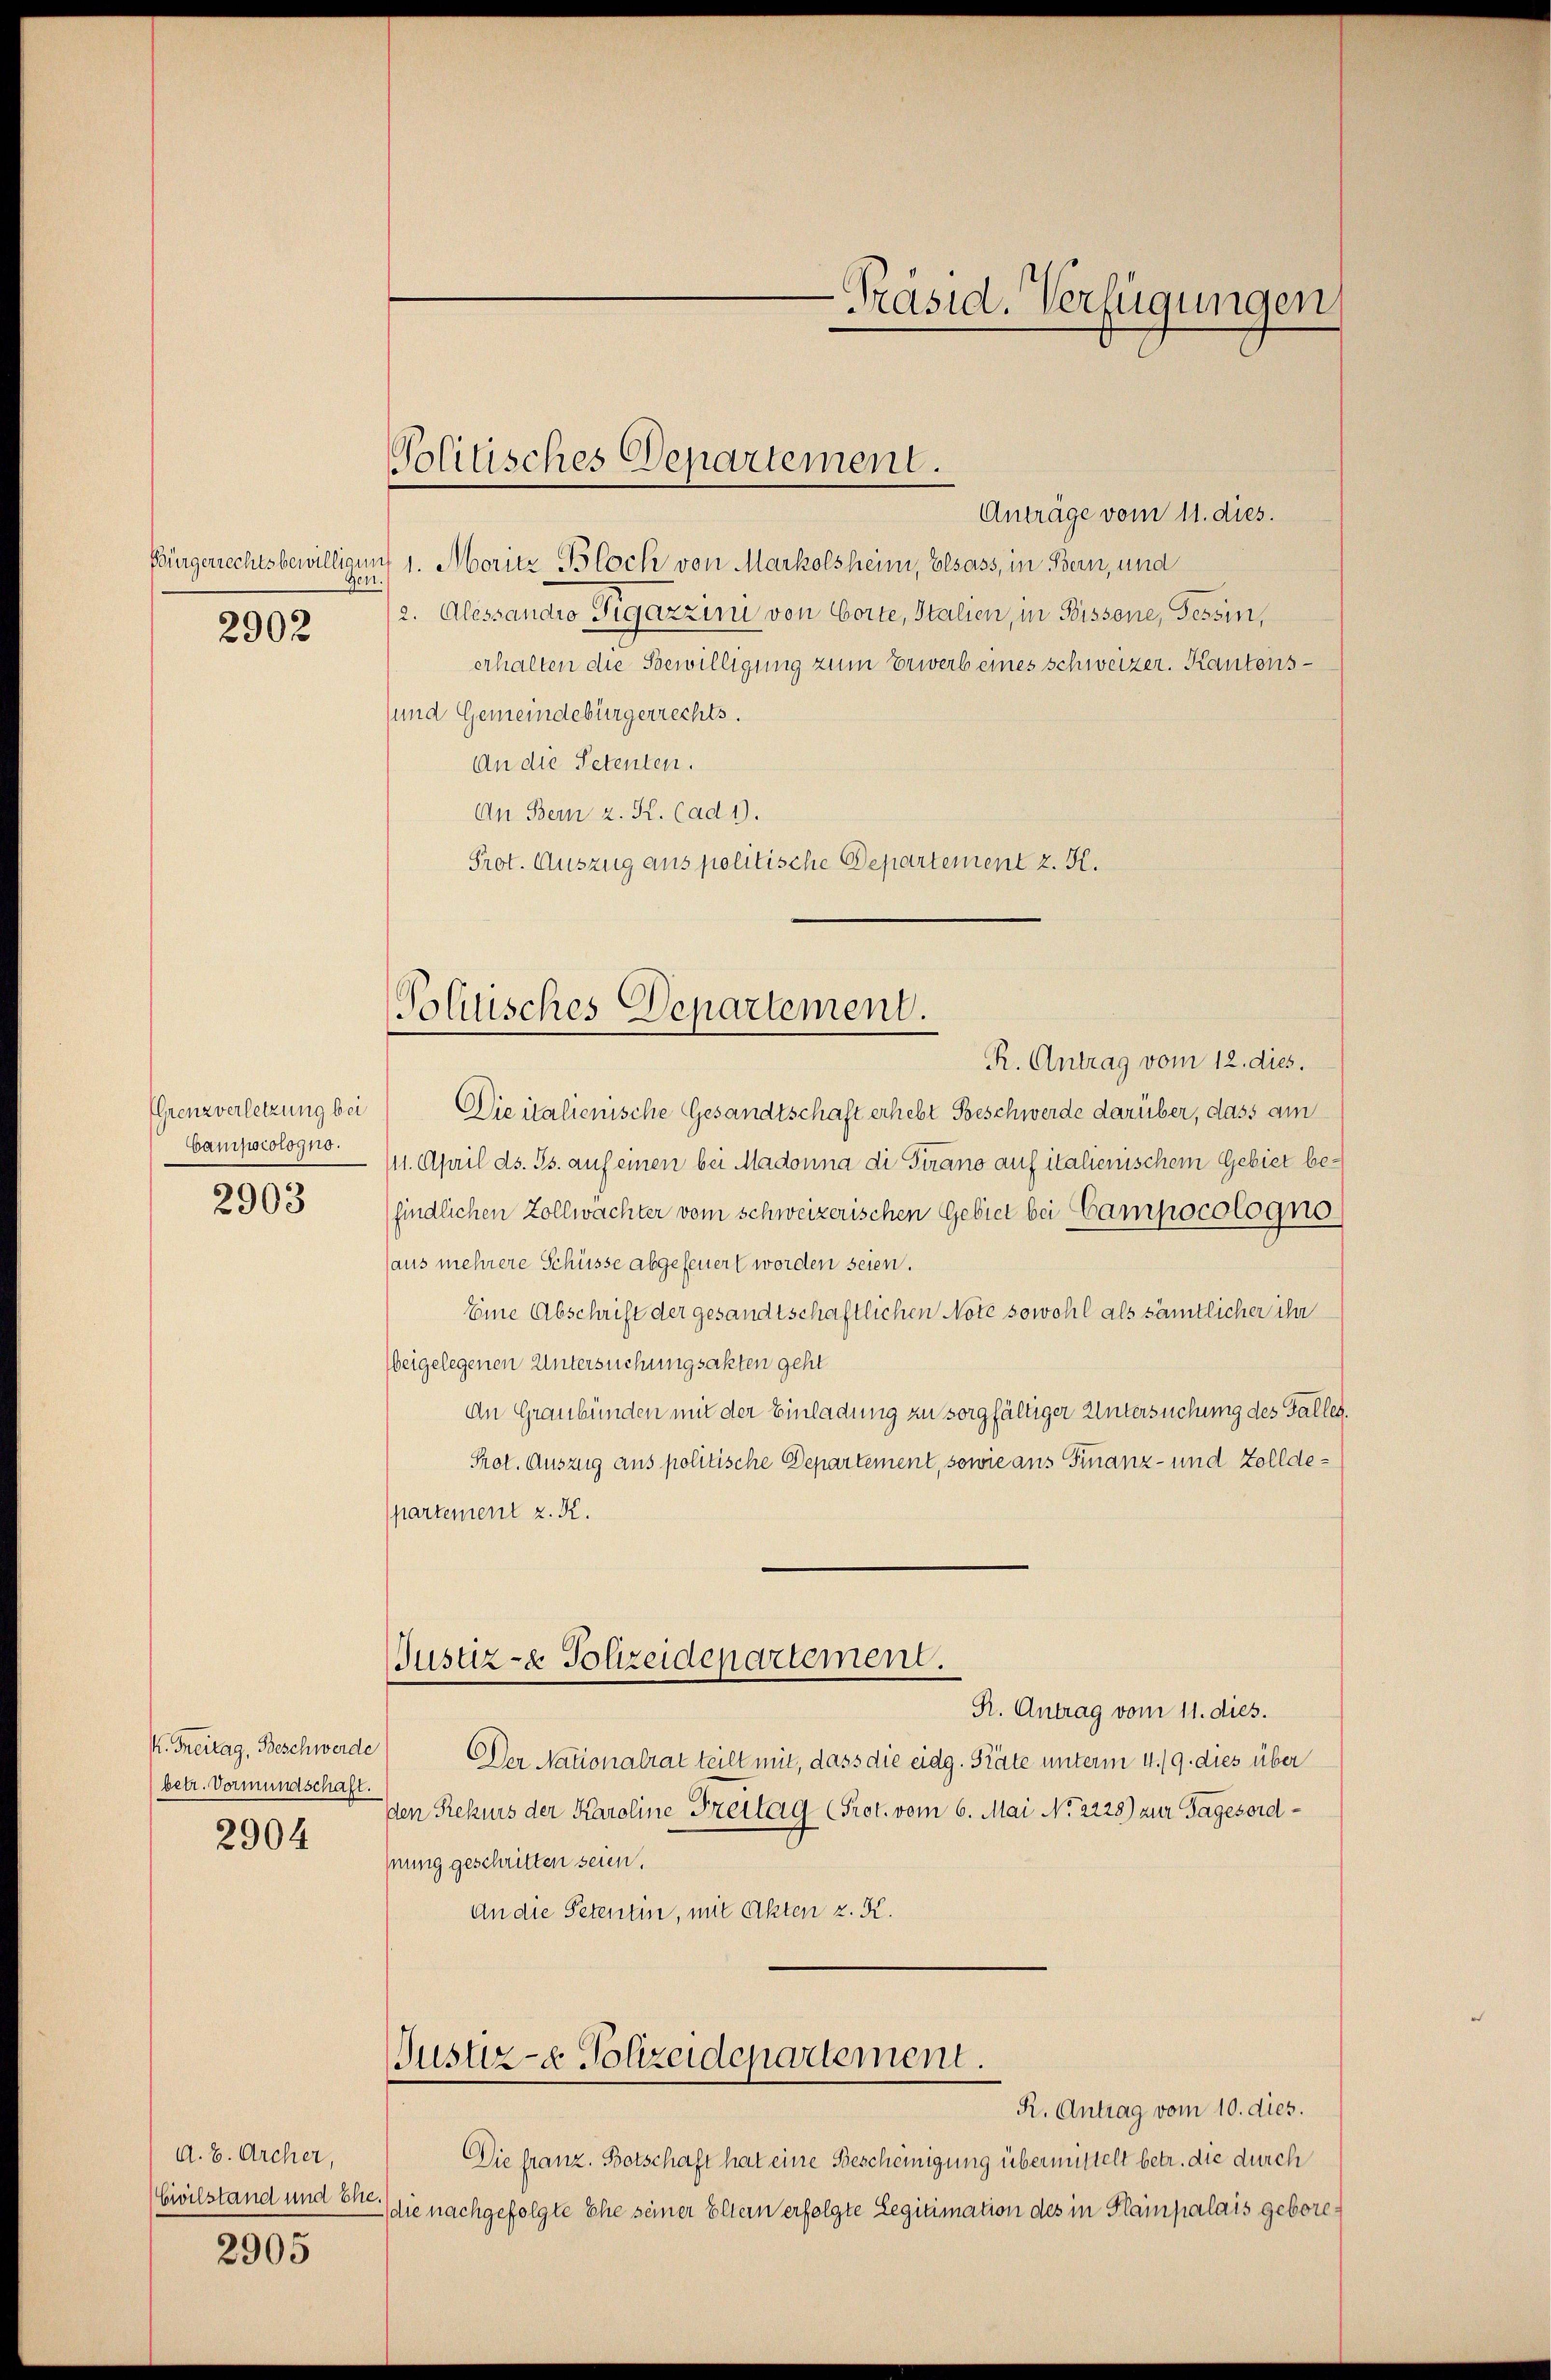
Bürgerrechtsbewilligun
Gen.

2902

EGrenzverletzung bei
Campscologno.

2903

K. Freitag, Beschwerde
(betr. Vormundschaft.
2904

A. B. Archer,
Civilstand und Ehe
2905

Anträge vom 11. dies.
1. Moritz Bloch von Markolsheim, Elsass, in Bern, und
2. Alessandio Tigazzini von Corte, Stalien, in Bissene, Tessin,
erhalten die Bewilligung zum Erwerb eines schweizer. Kantons¬
und Gemeindebürgerrechts.
An die Petenten.
An Bern z. K. Cad 1.
Prot. Auszug aus politische Departement z. K.

Politisches Departement.

Politisches Departement.

-Präsid. Verfügungen

R. Antrag vom 12. dies.
Die italienische Gesandtschaft erhebt Beschwerde darüber, dass am
111. April ds. Gs. auf einen bei Madonna di Pirano auf italienischem Gebiet befindlichen Zollwachter vom schweizerischen Gebiet bei Campocologno
aus mehrere Schüsse abgefeuert worden seien.
Eine Abschrift der gesandtschaftlichen Note sowohl als sämtlicher ihr
beigelegenen Untersuchungsakten geht
An Graubünden mit der Einladung zu sorgfältiger Untersuchung des Falles
Prot. Auszug aus politische Departement, sowie aus Finanz- und Zolldepartement z. K.
Justiz- & Polizeidepartement.
R. Antrag vom 11. dies.
Der Nationalrat teilt mit, dass die eidg. Präte unterm 4./9. dies über
den Rekurs der Karoline Freitag (Prot. vom 6. Mai No 2225) zur Tagesordnung geschritten seien.
An die Petentin, mit Akten z. K.
Justiz- & Polizeidepartement.
R. Antrag vom 10. dies.
Die franz. Botschaft hat eine Bescheinigung übermittelt betr. die durch
2) die nachgefolgte Ehe seiner Eltern erfolgte Legitimation des in Plampalais gebore¬